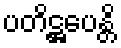
ပတိဋ္ဌပေန္တိ